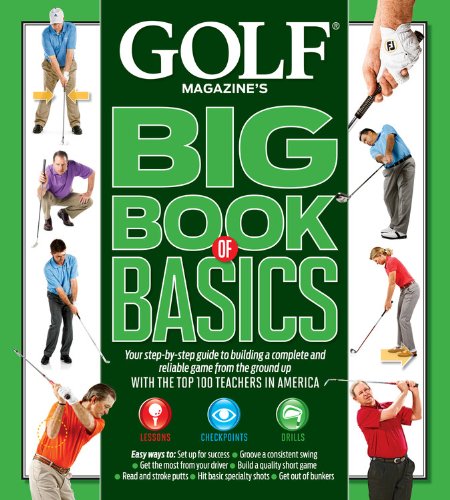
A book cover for GOLF MAGAZINE'S BIG BOOK OF BASICS: Your step-by-step guide to building a complete and reliable game from the ground up WITH THE TOP 100 TEACHERS IN AMERICA; GOLF Magazine; Literature & Fiction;